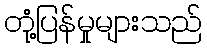
တုံ့ပြန်မှုများသည်